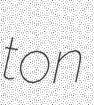
ton